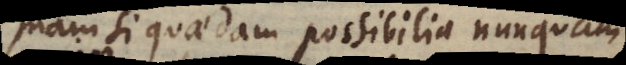
nam si quaedam possibilia nunquam